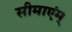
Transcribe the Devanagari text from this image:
सीमाएंम्